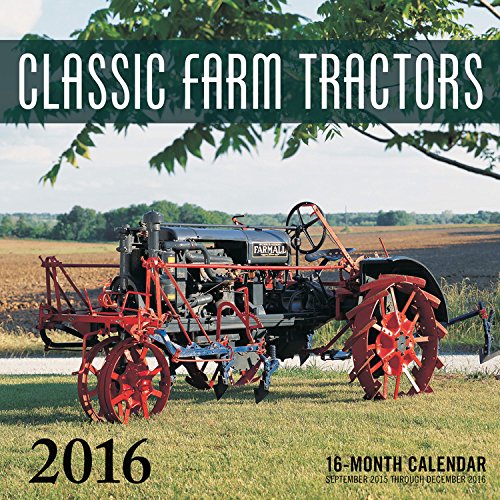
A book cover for Classic Farm Tractors 2016: 16-Month Calendar September 2015 through December 2016; Crafts, Hobbies & Home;